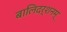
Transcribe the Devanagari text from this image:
बालिदर्शनम्